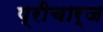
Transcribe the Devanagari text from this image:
प्रीचार्ज